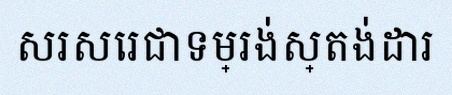
សរសេរជាទម្រង់ស្តង់ដារ